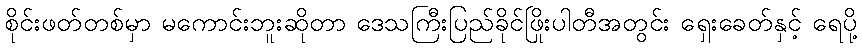
စိုင်းဖတ်တစ်မှာ မကောင်းဘူးဆိုတာ ဒေသကြီးပြည်ခိုင်ဖြိုးပါတီအတွင်း ရှေးခေတ်နှင့် ရေပို့